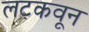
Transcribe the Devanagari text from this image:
लटकवून